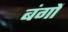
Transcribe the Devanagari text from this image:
बंगों